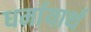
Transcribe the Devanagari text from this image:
धर्मायार्थ